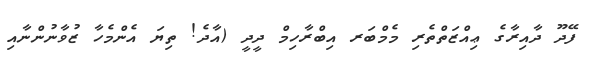
ފޭދޫ ދާއިރާގެ ޢިއްޒަތްތެރި މެމްބަރ އިބްރާހިމް ދީދީ (އާދެ! ތިޔަ އެންމެހާ ޒުވާނުންނާއި